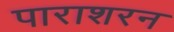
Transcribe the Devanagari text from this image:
पाराशरन